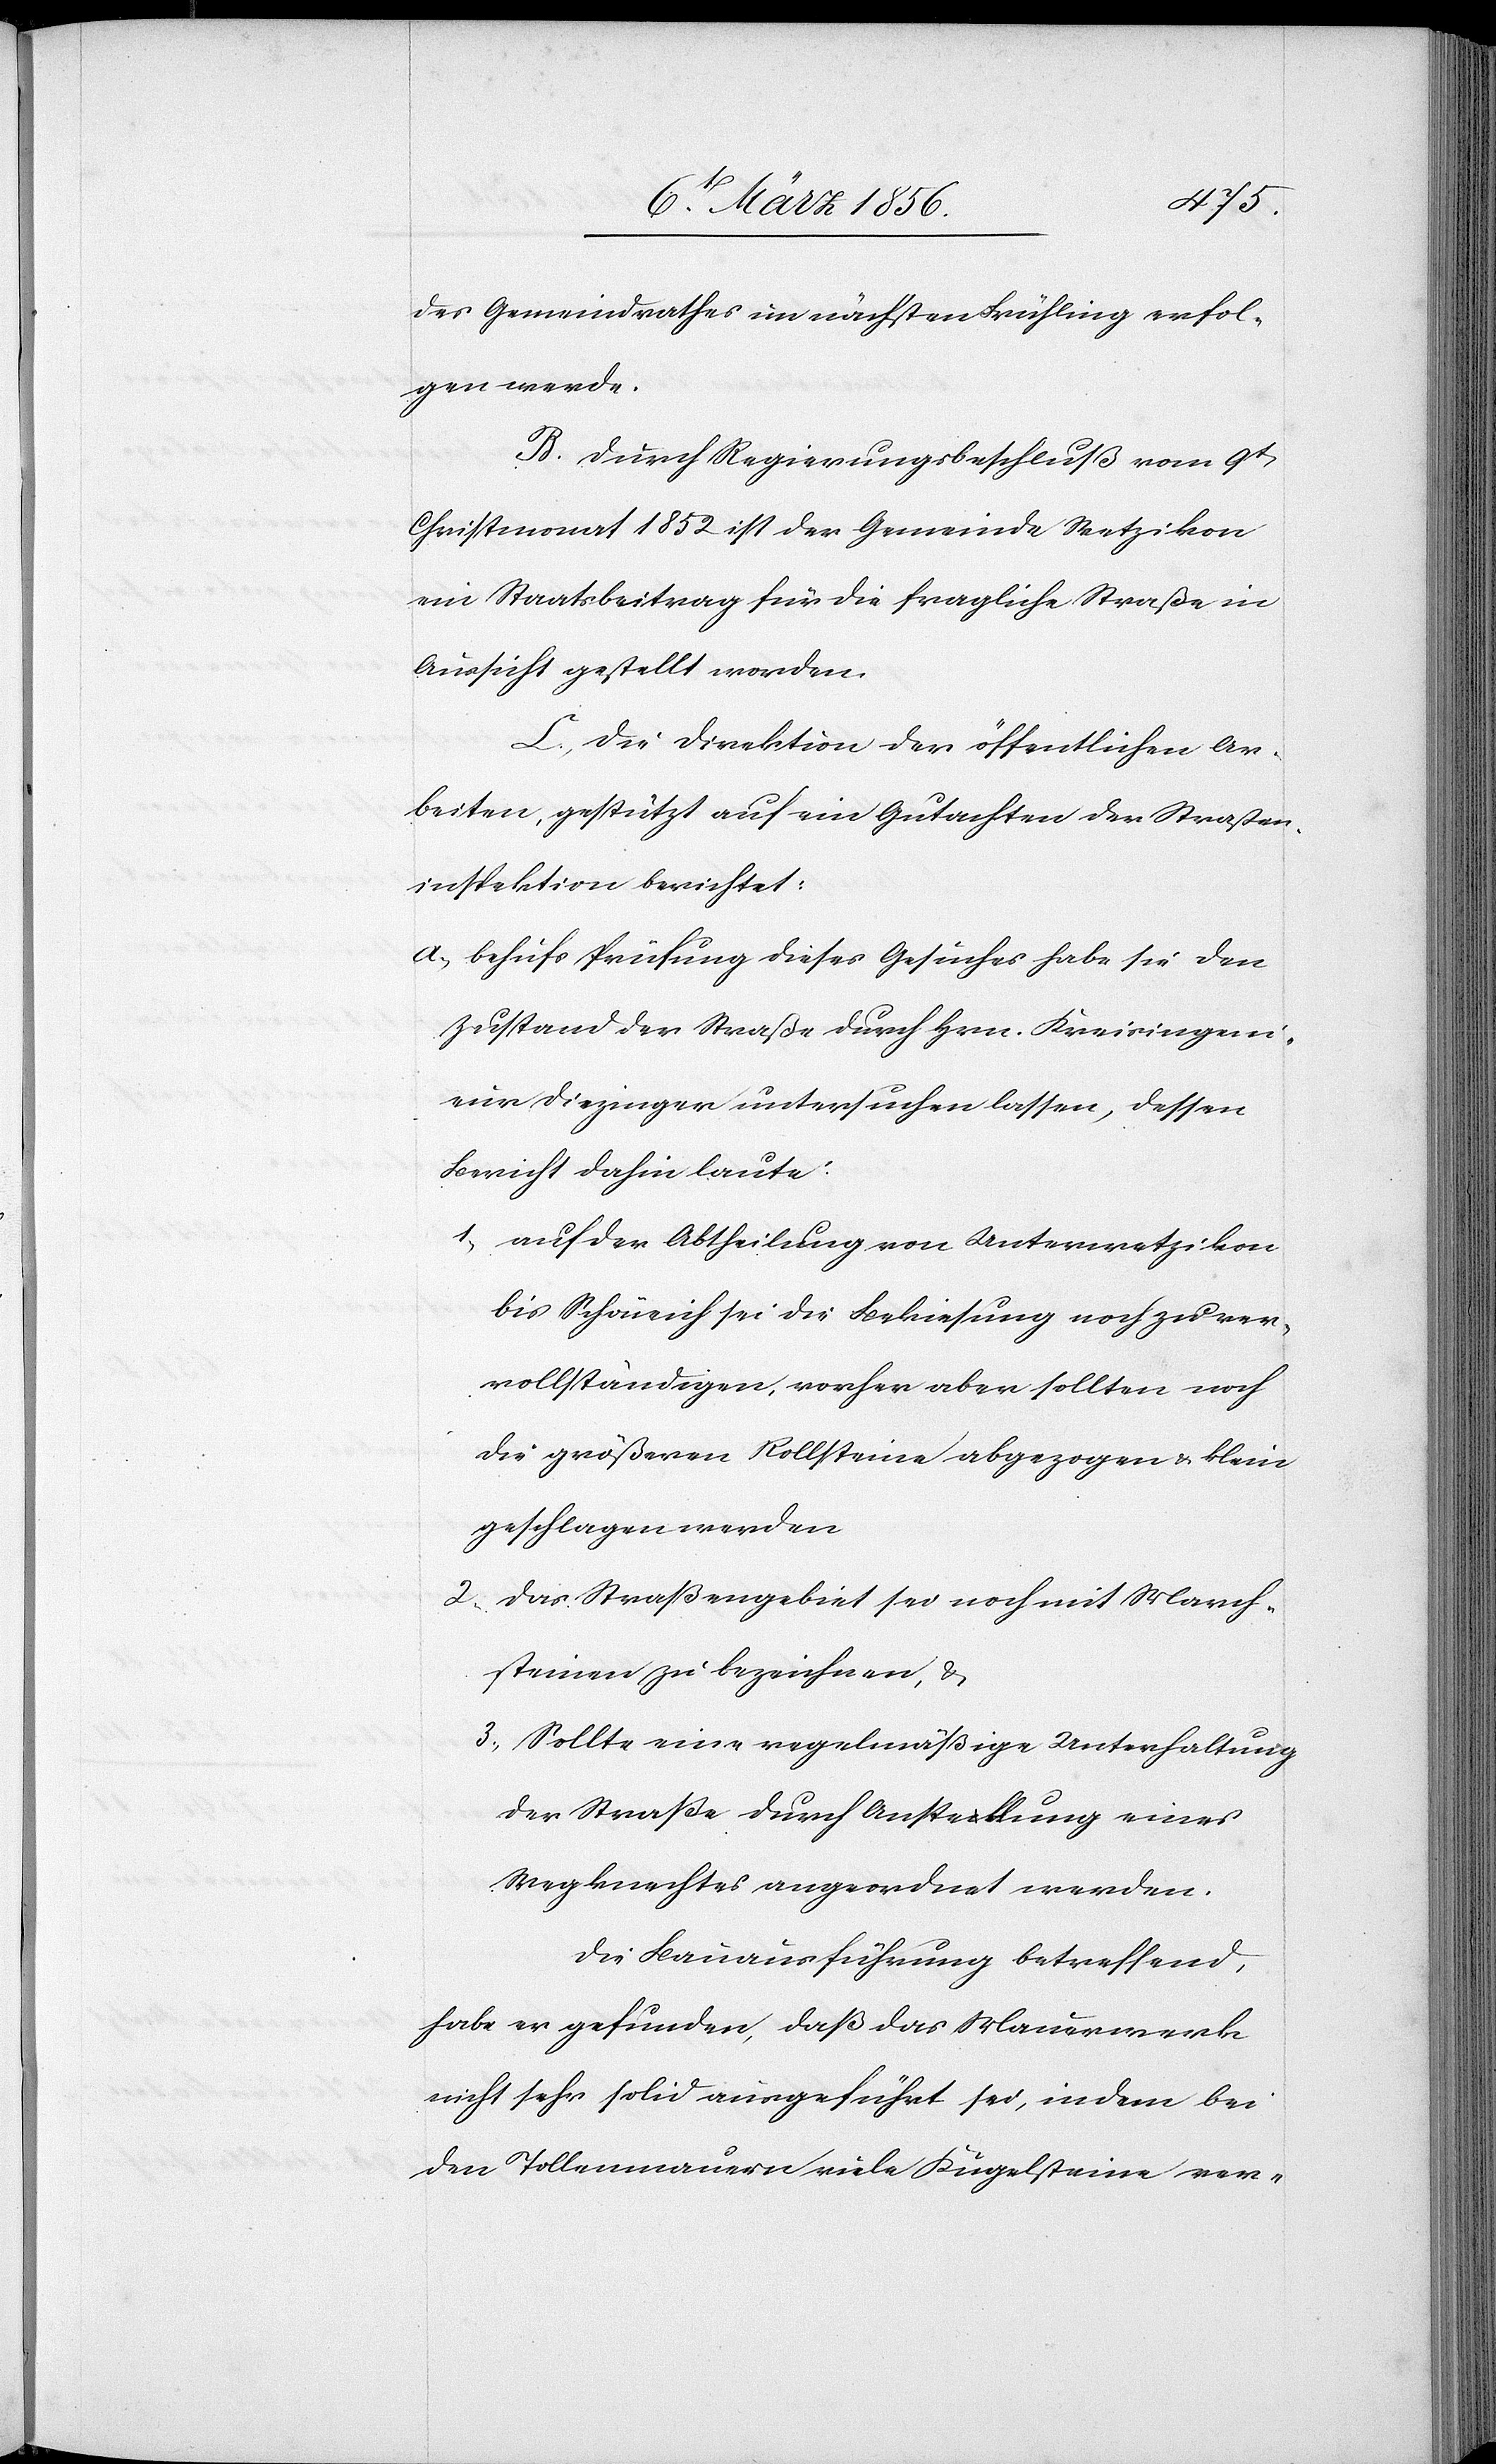
des Gemeindrathes im nächsten Frühling erfol¬
gen werde.
B. Durch Regierungsbeschluß vom 9t
Christmonat 1852 ist der Gemeinde Wetzikon
ein Staatsbeitrag für die fragliche Straße in
Aussicht gestellt worden.
C., Die Direktion der öffentlichen Ar¬
beiten, gestützt auf ein Gutachten der Straßen¬
inspektion berichtet:
a., behufs Prüfung dieses Gesuches habe sie den
Zustand der Straße durch Hrn. Kreisingeni¬
eur Diezinger untersuchen lassen, dessen
Bericht dahin laute:
1., auf der Abtheilung von Unterwetzikon
bis Schöneich sei die Bekiesung noch zu ver¬
vollständigen, vorher aber sollten noch
die größeren Rollsteine abgezogen & klein
geschlagen werden
2., Das Straßengebiet sei noch mit March¬
steinen zu bezeichnen, &
3., Sollte eine regelmäßige Unterhaltung
der Straße durch Anstellung eines
Wegknechtes angeordnet werden.
Die Bauausführung betreffend,
habe er gefunden, daß das Mauerwerk
nicht sehr solid ausgeführt sei, indem bei
den Tollenmauern viele Kugelsteine ver-